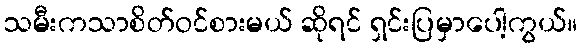
သမီးကသာစိတ်ဝင်စားမယ် ဆိုရင် ရှင်းပြမှာပေါ့ကွယ်။